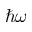
\hbar \omega